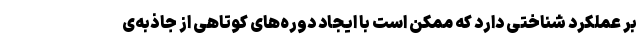
بر عملکرد شناختی دارد که ممکن است با ایجاد دوره‌های کوتاهی از جاذبه‌ی